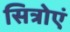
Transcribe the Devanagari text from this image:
सित्रोएं